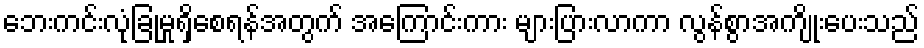
ဘေးကင်းလုံခြုံမှုရှိစေရန်အတွက် အကြောင်းကား များပြားလာကာ လွန်စွာအကျိုးပေးသည်